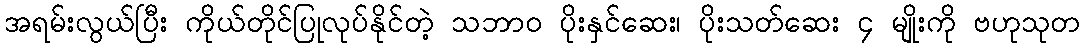
အရမ်းလွယ်ပြီး ကိုယ်တိုင်ပြုလုပ်နိုင်တဲ့ သဘာဝ ပိုးနှင်ဆေး၊ ပိုးသတ်ဆေး ၄ မျိုးကို ဗဟုသုတ